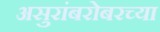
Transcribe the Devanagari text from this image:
असुरांबरोबरच्या